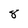
Character: 8